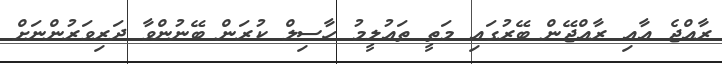
ރާއްޖެ އާއި ރާއްޖޭން ބޭރުގައި މަތީ ތައުލީމު ހާސިލް ކުރަން ބޭނުންވާ ދަރިވަރުންނަށް